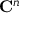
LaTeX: \mathbf { C } ^ { n }